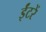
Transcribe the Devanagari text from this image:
ईंटरें